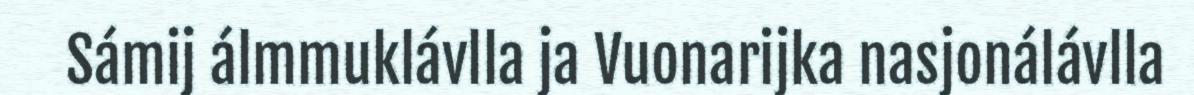
Sámij álmmuklávlla ja Vuonarijka nasjonálávlla